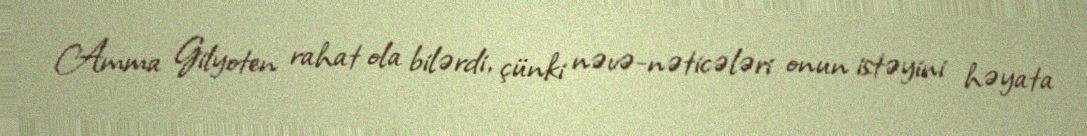
Amma Gilyoten rahat ola bilərdi, çünki nəvə-nəticələri onun istəyini həyata